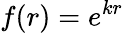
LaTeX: f(r)=e^{kr}